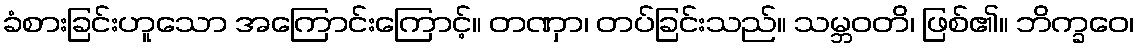
ခံစားခြင်းဟူသော အကြောင်းကြောင့်။ တဏှာ၊ တပ်ခြင်းသည်။ သမ္ဘဝတိ၊ ဖြစ်၏။ ဘိက္ခဝေ၊